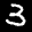
Label: 3